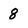
Character: 8